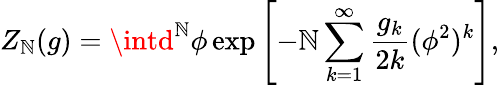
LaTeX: Z_{\mathbb{N}}(g)=\intd^{\mathbb{N}}\phi\exp\left[-\mathbb{N}\sum_{k=1}^{\infty}\frac{{g_{k}}}{{2k}}(\phi^{2})^{k}\right],